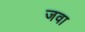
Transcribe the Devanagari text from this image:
जवा